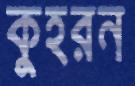
কুহরন